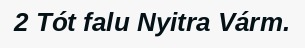
2 Tót falu Nyitra Várm.